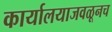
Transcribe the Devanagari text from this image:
कार्यालयाजवळूनच